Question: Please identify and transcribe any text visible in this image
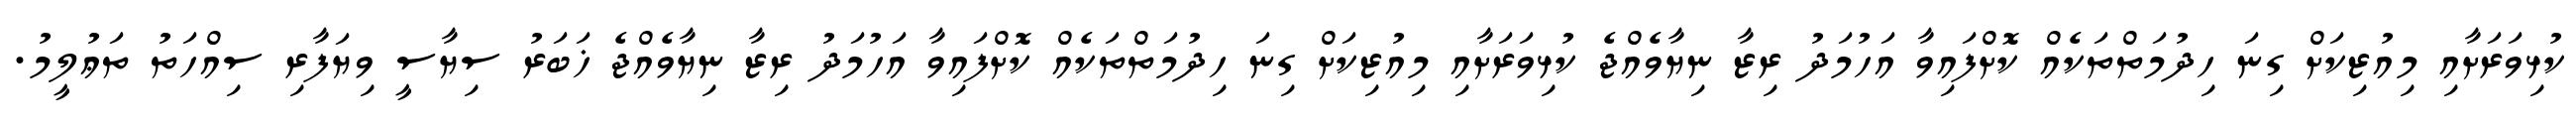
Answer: ކުޅިވަރަށާއި މިއުޒިކަށް ގިނަ ހިދުމަތްތަކެއް ކޮށްފައިވާ އަހުމަދު ރިޒާ ނިޔާވެއްޖެ ކުޅިވަރަށާއި މިއުޒިކަށް ގިނަ ހިދުމަތްތަކެއް ކޮށްފައިވާ އަހުމަދު ރިޒާ ނިޔާވެއްޖެ ޚަބަރު ސިޔާސީ ވިޔަފާރި ސިއްހަތު ތަޢުލީމު.